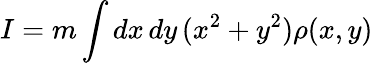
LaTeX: I=m\int dx\, dy\, (x^{2}+y^{2})\rho(x,y)